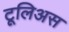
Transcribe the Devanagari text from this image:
टूलिअस